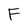
Character: F